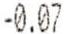
-0.07